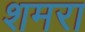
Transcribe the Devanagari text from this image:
शमरा